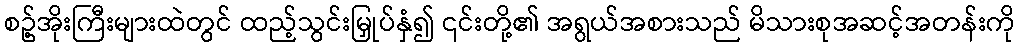
စဥ့်အိုးကြီးများထဲတွင် ထည့်သွင်းမြှုပ်နှံ၍ ၎င်းတို့၏ အရွယ်အစားသည် မိသားစုအဆင့်အတန်းကို